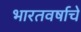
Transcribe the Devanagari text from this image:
भारतवर्षाचे